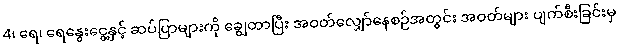
4၊ ရေ၊ ရေနွေးငွေ့နှင့် ဆပ်ပြာများကို ချွေတာပြီး အဝတ်လျှော်နေစဉ်အတွင်း အဝတ်များ ပျက်စီးခြင်းမှ